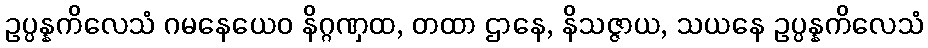
ဥပ္ပန္နကိလေသံ ဂမနေယေဝ နိဂ္ဂဏှထ, တထာ ဌာနေ, နိသဇ္ဇာယ, သယနေ ဥပ္ပန္နကိလေသံ